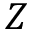
Z